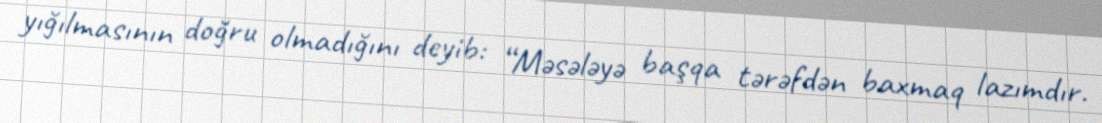
yığılmasının doğru olmadığını deyib: “Məsələyə başqa tərəfdən baxmaq lazımdır.